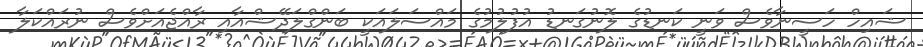
ޝައިހް ހަސީނާވެސް ވަނީ ކަނޑުގެ ލޮނުގަނޑު އުފުލުމުގެ މައްސަލައަކީ ބަންގްލަދޭޝްއާއި ރާއްޖެއަށްވެސް ނުރައްކަލާ